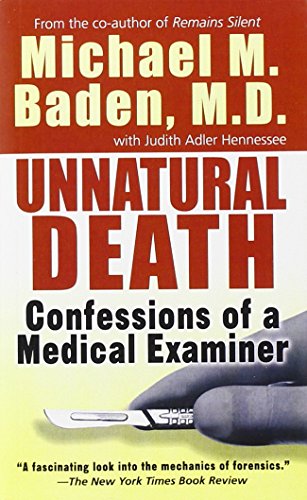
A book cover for Unnatural Death: Confessions of a Medical Examiner; Michael M. Baden; Politics & Social Sciences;